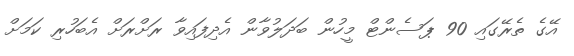
އޭގެ ތެރޭގައި 90 ޕަސެންޓް މީހުން ބަދަލުވާން އެދިފައިވާ ރަށްރަށް އެބަހުރި ކަމަށް